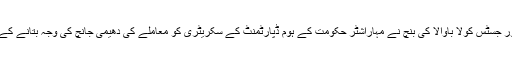
جسٹس ایس سی دھرمادھیکاری اور جسٹس کولا باوالا کی بنچ نے مہاراشٹر حکومت کے ہوم ڈپارٹمنٹ کے سکریٹری کو معاملے کی دھیمی جانچ کی وجہ بتانے کے لیے 28 مارچ کو طلب کیا ہے ۔